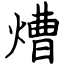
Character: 㷮